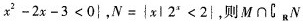
x ^ { 2 } - 2 x - 3 < 0 }$$，$$N = { x l 2 ^ { 2 } < 2 }$$，则M\cap \complement_{R}N